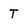
Character: t